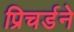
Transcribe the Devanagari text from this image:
प्रिचर्डने